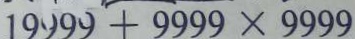
1 9 9 9 9 + 9 9 9 9 \times 9 9 9 9